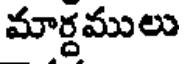
మార్దములు